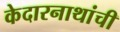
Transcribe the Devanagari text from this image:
केदारनाथांची